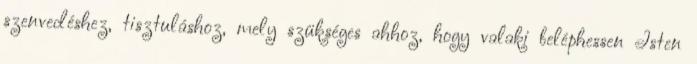
szenvedéshez, tisztuláshoz, mely szükséges ahhoz, hogy valaki beléphessen Isten